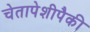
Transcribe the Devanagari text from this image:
चेतापेशीपैकी